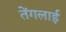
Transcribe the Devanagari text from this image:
तेंगलाई